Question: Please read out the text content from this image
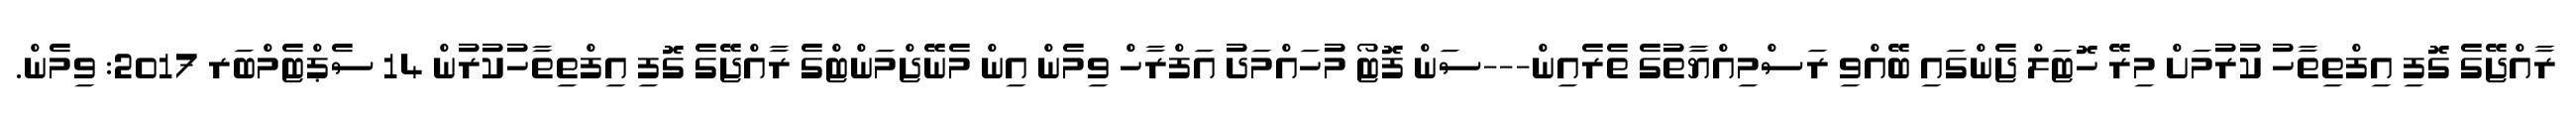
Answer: ރާއްޖޭގެ ގޮފި އިފްތިތާހު ކުރުމަށް މިރޭ ހޮޓަލް ޖެންގައި ބޭއްވި ރަސްމިއްޔާތުގެ ތެރެއިން---ސަން ފޮޓޯ މުހައްމަދު އަފްރާހް ވިމެން އިން މެނޭޖްމަންޓްގެ ރާއްޖޭގެ ގޮފި އިފްތިތާހުކުރުން 14 ސެޕްޓެމްބަރ 2017: ވިމެން.